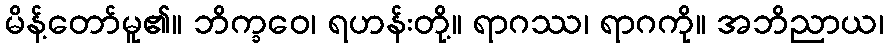
မိန့်တော်မူ၏။ ဘိက္ခဝေ၊ ရဟန်းတို့။ ရာဂဿ၊ ရာဂကို။ အဘိညာယ၊